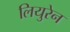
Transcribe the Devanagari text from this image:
लियुरेन